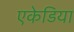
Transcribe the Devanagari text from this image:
एकेडिया